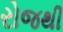
રોજથી